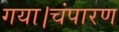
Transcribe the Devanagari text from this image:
गया।चंपारण